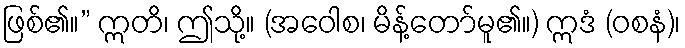
ဖြစ်၏။” ဣတိ၊ ဤသို့။ (အဝေါစ၊ မိန့်တော်မူ၏။) ဣဒံ (ဝစနံ)၊